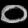
Digit: ၀